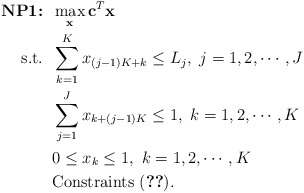
\begin{align*}\mbox{\textbf{NP1:}} &\;\; \max_{\mathbf{x}} \mathbf{c}^T \mathbf{x} \\\mbox{s.t.} &\;\; \sum_{k=1}^K x_{(j-1)K+k} \leq L_j,~j=1,2,\cdots,J \\ &\;\; \sum_{j=1}^J x_{k+(j-1)K} \leq 1,~k=1,2,\cdots,K \\ &\;\; 0 \leq x_{k} \leq 1,~k=1,2,\cdots,K \\ &\;\; \mbox{Constraints (\ref{eqn:mmhn80})}. \end{align*}